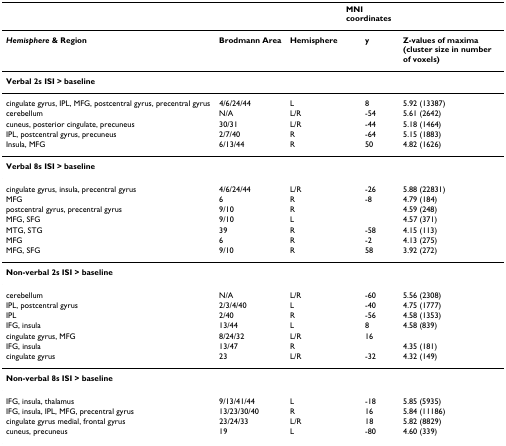
<table><thead><tr><td>[EMPTY_CELL]</td><td>[EMPTY_CELL]</td><td>[EMPTY_CELL]</td><td colspan="3"><b>MNI coordinates</b></td><td>[EMPTY_CELL]</td></tr></thead><tbody><tr><td><b><i>Hemisphere </i>&amp; Region</b></td><td><b>Brodmann Area</b></td><td><b>Hemisphere</b></td><td>[EMPTY_CELL]</td><td><b>y</b></td><td>[EMPTY_CELL]</td><td><b>Z-values of maxima (cluster size in number of voxels)</b></td></tr><tr><td colspan="7"><b>Verbal 2s ISI &gt; baseline</b></td></tr><tr><td>cingulate gyrus, IPL, MFG, postcentral gyrus, precentral gyrus</td><td>4/6/24/44</td><td>L</td><td>[EMPTY_CELL]</td><td>8</td><td>[EMPTY_CELL]</td><td>5.92 (13387)</td></tr><tr><td>cerebellum</td><td>N/A</td><td>L/R</td><td>[EMPTY_CELL]</td><td>-54</td><td>[EMPTY_CELL]</td><td>5.61 (2642)</td></tr><tr><td>cuneus, posterior cingulate, precuneus</td><td>30/31</td><td>L/R</td><td>[EMPTY_CELL]</td><td>-44</td><td>[EMPTY_CELL]</td><td>5.18 (1464)</td></tr><tr><td>IPL, postcentral gyrus, precuneus</td><td>2/7/40</td><td>R</td><td>[EMPTY_CELL]</td><td>-64</td><td>[EMPTY_CELL]</td><td>5.15 (1883)</td></tr><tr><td>Insula, MFG</td><td>6/13/44</td><td>R</td><td>[EMPTY_CELL]</td><td>50</td><td>[EMPTY_CELL]</td><td>4.82 (1626)</td></tr><tr><td colspan="7"><b>Verbal 8s ISI &gt; baseline</b></td></tr><tr><td>cingulate gyrus, insula, precentral gyrus</td><td>4/6/24/44</td><td>L/R</td><td>[EMPTY_CELL]</td><td>-26</td><td>[EMPTY_CELL]</td><td>5.88 (22831)</td></tr><tr><td>MFG</td><td>6</td><td>R</td><td>[EMPTY_CELL]</td><td>-8</td><td>[EMPTY_CELL]</td><td>4.79 (184)</td></tr><tr><td>postcentral gyrus, precentral gyrus</td><td>9/10</td><td>R</td><td>[EMPTY_CELL]</td><td>[EMPTY_CELL]</td><td>[EMPTY_CELL]</td><td>4.59 (248)</td></tr><tr><td>MFG, SFG</td><td>9/10</td><td>L</td><td>[EMPTY_CELL]</td><td>[EMPTY_CELL]</td><td>[EMPTY_CELL]</td><td>4.57 (371)</td></tr><tr><td>MTG, STG</td><td>39</td><td>R</td><td>[EMPTY_CELL]</td><td>-58</td><td>[EMPTY_CELL]</td><td>4.15 (113)</td></tr><tr><td>MFG</td><td>6</td><td>R</td><td>[EMPTY_CELL]</td><td>-2</td><td>[EMPTY_CELL]</td><td>4.13 (275)</td></tr><tr><td>MFG, SFG</td><td>9/10</td><td>R</td><td>[EMPTY_CELL]</td><td>58</td><td>[EMPTY_CELL]</td><td>3.92 (272)</td></tr><tr><td colspan="7"><b>Non-verbal 2s ISI &gt; baseline</b></td></tr><tr><td>cerebellum</td><td>N/A</td><td>L/R</td><td>[EMPTY_CELL]</td><td>-60</td><td>[EMPTY_CELL]</td><td>5.56 (2308)</td></tr><tr><td>IPL, postcentral gyrus</td><td>2/3/4/40</td><td>L</td><td>[EMPTY_CELL]</td><td>-40</td><td>[EMPTY_CELL]</td><td>4.75 (1777)</td></tr><tr><td>IPL</td><td>2/40</td><td>R</td><td>[EMPTY_CELL]</td><td>-56</td><td>[EMPTY_CELL]</td><td>4.58 (1353)</td></tr><tr><td>IFG, insula</td><td>13/44</td><td>L</td><td>[EMPTY_CELL]</td><td>8</td><td>[EMPTY_CELL]</td><td>4.58 (839)</td></tr><tr><td>cingulate gyrus, MFG</td><td>8/24/32</td><td>L/R</td><td>[EMPTY_CELL]</td><td>16</td><td>[EMPTY_CELL]</td><td>[EMPTY_CELL]</td></tr><tr><td>IFG, insula</td><td>13/47</td><td>R</td><td>[EMPTY_CELL]</td><td>[EMPTY_CELL]</td><td>[EMPTY_CELL]</td><td>4.35 (181)</td></tr><tr><td>cingulate gyrus</td><td>23</td><td>L/R</td><td>[EMPTY_CELL]</td><td>-32</td><td>[EMPTY_CELL]</td><td>4.32 (149)</td></tr><tr><td colspan="7"><b>Non-verbal 8s ISI &gt; baseline</b></td></tr><tr><td>IFG, insula, thalamus</td><td>9/13/41/44</td><td>L</td><td>[EMPTY_CELL]</td><td>-18</td><td>[EMPTY_CELL]</td><td>5.85 (5935)</td></tr><tr><td>IFG, insula, IPL, MFG, precentral gyrus</td><td>13/23/30/40</td><td>R</td><td>[EMPTY_CELL]</td><td>16</td><td>[EMPTY_CELL]</td><td>5.84 (11186)</td></tr><tr><td>cingulate gyrus medial, frontal gyrus</td><td>23/24/33</td><td>L/R</td><td>[EMPTY_CELL]</td><td>18</td><td>[EMPTY_CELL]</td><td>5.82 (8829)</td></tr><tr><td>cuneus, precuneus</td><td>19</td><td>L</td><td>[EMPTY_CELL]</td><td>-80</td><td>[EMPTY_CELL]</td><td>4.60 (339)</td></tr></tbody></table>